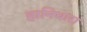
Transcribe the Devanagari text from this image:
हानिधारा